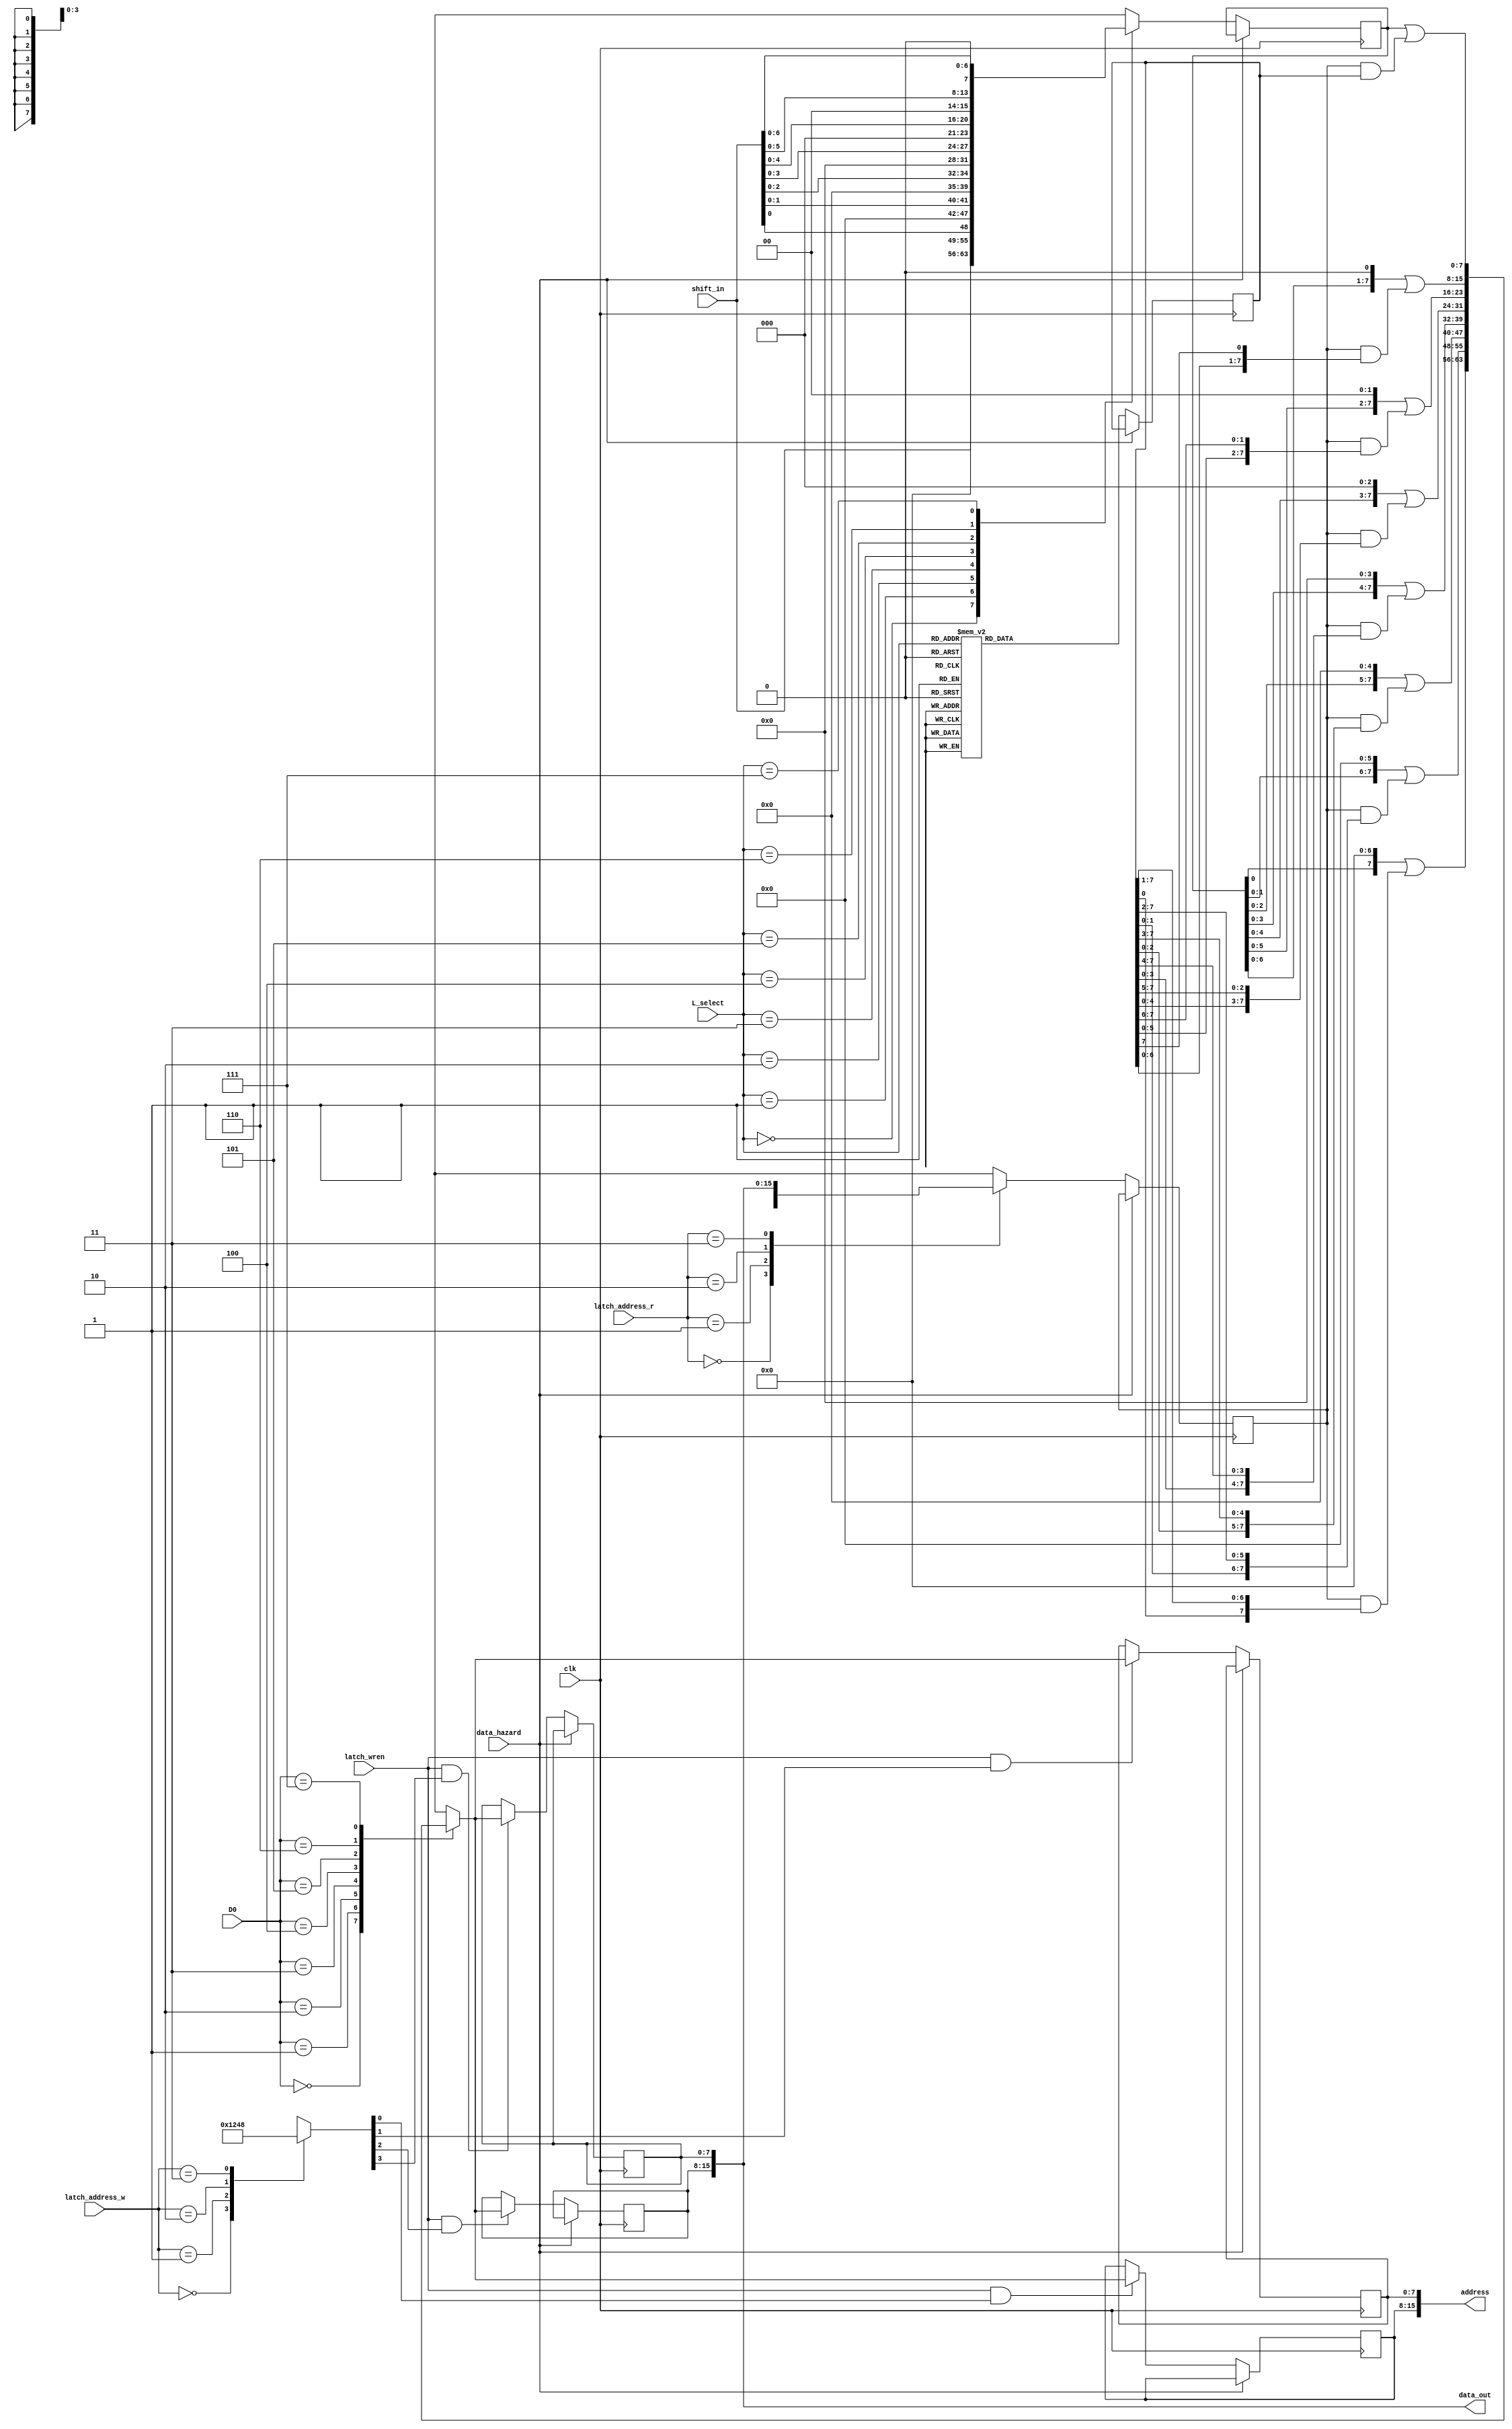
module shift_merge(
			input wire clk,
			input wire data_hazard,
			input wire[7:0] shift_in,
			input wire[2:0] D0,
			input wire[2:0] L_select,
			input wire latch_wren,
			input wire[1:0] latch_address_w,
			input wire[1:0] latch_address_r,
			output wire[15:0] address,
			output wire[15:0] data_out);
reg[7:0] merge_in;
reg[7:0] shift_reg;
reg[7:0] merge_result;
reg[7:0] merge_mask;
reg[3:0] w_address_exp;
//Quartus is stupid and insists on using block ram even with ramstyle = "logic"
reg[7:0] LBA_reg;
reg[7:0] RBA_reg;
reg[7:0] LBD_reg;
reg[7:0] RBD_reg;

initial
begin
	LBA_reg = 8'h00;	//actual value does not matter, but it must be defined so that the cache controller is not stuck in a miss state.
	RBA_reg = 8'h00;
end

always @(posedge clk)
begin
	if(~data_hazard)
	begin
		case(L_select)
		3'b000: shift_reg <= shift_in;
		3'b001: shift_reg <= {7'h0, shift_in[0]};
		3'b010: shift_reg <= {6'h0, shift_in[1:0]};
		3'b011: shift_reg <= {5'h0, shift_in[2:0]};
		3'b100: shift_reg <= {4'h0, shift_in[3:0]};
		3'b101: shift_reg <= {3'h0, shift_in[4:0]};
		3'b110: shift_reg <= {2'b0, shift_in[5:0]};
		3'b111: shift_reg <= {1'b0, shift_in[6:0]};
		endcase
		case(L_select)
		3'b000: merge_mask <= 8'h0;
		3'b001: merge_mask <= {7'b1111111, 1'b0};
		3'b010: merge_mask <= {6'b111111, 2'b00};
		3'b011: merge_mask <= {5'b11111, 3'b000};
		3'b100: merge_mask <= {4'b1111, 4'b0000};
		3'b101: merge_mask <= {3'b111, 5'b00000};
		3'b110: merge_mask <= {2'b11, 6'b000000};
		3'b111: merge_mask <= {1'b1, 7'b0000000};
		endcase
	end
end

always @(*)
begin
	case(D0)
	3'b000: merge_result = {shift_reg[0], 7'h00} | (merge_in & {merge_mask[0], merge_mask[7:1]});
	3'b001: merge_result = {shift_reg[1:0], 6'h00} | (merge_in & {merge_mask[1:0], merge_mask[7:2]});
	3'b010: merge_result = {shift_reg[2:0], 5'h00} | (merge_in & {merge_mask[2:0], merge_mask[7:3]});
	3'b011: merge_result = {shift_reg[3:0], 4'h0} | (merge_in & {merge_mask[3:0], merge_mask[7:4]});
	3'b100: merge_result = {shift_reg[4:0], 3'h0} | (merge_in & {merge_mask[4:0], merge_mask[7:5]});
	3'b101: merge_result = {shift_reg[5:0], 2'b00} | (merge_in & {merge_mask[5:0], merge_mask[7:6]});
	3'b110: merge_result = {shift_reg[6:0], 1'b0} | (merge_in & {merge_mask[6:0], merge_mask[7]});
	3'b111: merge_result = shift_reg | (merge_in & merge_mask);
	endcase
	case(latch_address_w)
	2'h0: w_address_exp = 4'b0001;
	2'h1: w_address_exp = 4'b0010;
	2'h2: w_address_exp = 4'b0100;
	2'h3: w_address_exp = 4'b1000;
	endcase
end
	
always @(posedge clk)
begin
	if(~data_hazard)
	begin
		if(latch_wren & w_address_exp[0])
			LBA_reg <= merge_result;
		if(latch_wren & w_address_exp[1])
			RBA_reg <= merge_result;
		if(latch_wren & w_address_exp[2])
			LBD_reg <= merge_result;
		if(latch_wren & w_address_exp[3])
			RBD_reg <= merge_result;
	
		case(latch_address_r)
		2'h0: merge_in <= LBA_reg;
		2'h1: merge_in <= RBA_reg;
		2'h2: merge_in <= LBD_reg;
		2'h3: merge_in <= RBD_reg;
		endcase
	end
end

assign address = {LBA_reg, RBA_reg};
assign data_out = {LBD_reg, RBD_reg};
endmodule